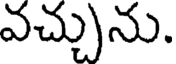
వచ్చును.